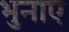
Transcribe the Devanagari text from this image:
भुनाए